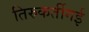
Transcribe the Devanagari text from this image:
तिरुकर्तीगई